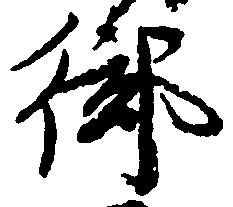
御